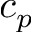
c _ { p }